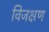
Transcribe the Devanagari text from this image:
विजक्षण